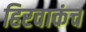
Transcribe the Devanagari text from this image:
हिरवाकंच